Report of an investigation into the causes of the diseases known in Assam as Kála-Azár and Beri-Beri
Disease focus: Beri-Beri
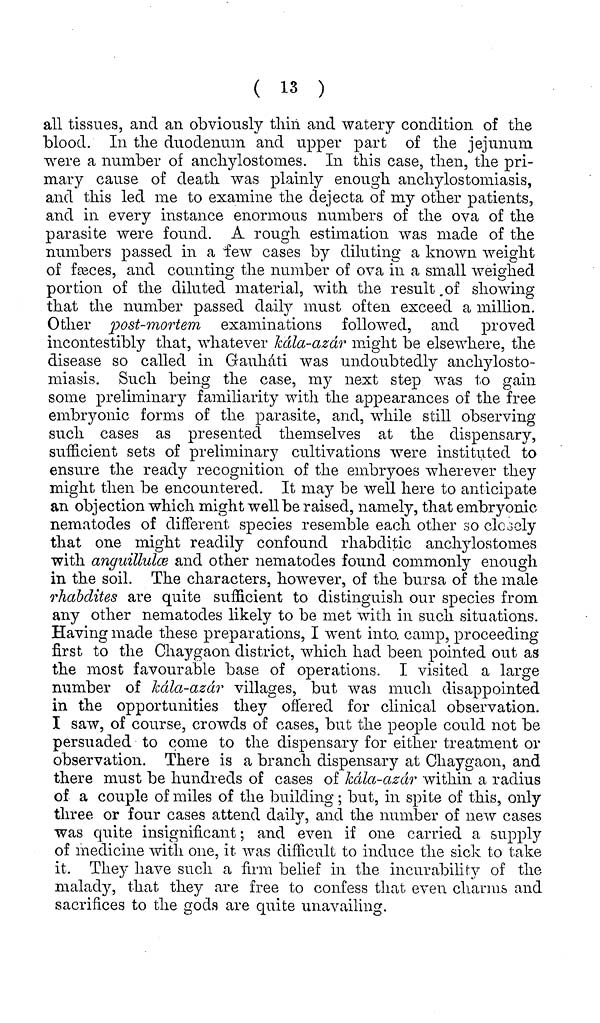
( 13 )
all tissues, and an obviously thin and watery condition of the
blood. In the duodenum and upper part of the jejunum
were a number of anchylostomes. In this case, then, the pri-
mary cause of death was plainly enough anchylostomiasis,
and this led me to examine the dejecta of my other patients,
and in every instance enormous numbers of the ova of the
parasite were found. A rough estimation was made of the
numbers passed in a few cases by diluting a known weight
of fæces, and counting the number of ova in a small weighed
portion of the diluted material, with the result of showing
that the number passed daily must often exceed a million.
Other post-mortem examinations followed, and proved
incontestibly that, whatever kála-azár might be elsewhere, the
disease so called in Gauháti was undoubtedly anchylosto-
miasis. Such being the case, my next step was to gain
some preliminaiy familiarity with the appearances of the free
embryonic forms of the parasite, and, while still observing
such cases as presented themselves at the dispensary,
sufficient sets of preliminary cultivations were instituted to
ensure the ready recognition of the embryoes wherever they
might then be encountered. It may be well here to anticipate
an objection which might well be raised, namely, that embryonic
nematodes of different species resemble each other so closely
that one might readily confound rhabditic anchylostomes
with anguillulce and other nematodes found commonly enough
in the soil. The characters, however, of the bursa of the male
rhabdites are quite sufficient to distinguish our species from
any other nematodes likely to be met with in such situations.
Having made these preparations, I went into camp, proceeding-
first to the Chaygaon district, which had been pointed out as
the most favourable base of operations. I visited a large
number of kála-azár villages, but was much disappointed
in the opportunities they offered for clinical observation.
I saw, of course, crowds of cases, but the people could not be
persuaded to come to the dispensary for either treatment or
observation. There is a branch dispensary at Ghaygaon, and
there must be hundreds of cases of kála-azár within a radius
of a couple of miles of the building ; but, in spite of this, only
three or four cases attend daily, and the number of new cases
was quite insignificant ; and even if one carried a supply
of medicine with one, it was difficult to induce the sick to take
it. They have such a firm belief in the incurability of the
malady, that they are free to confess that even charms and
sacrifices to the gods are quite unavailing.